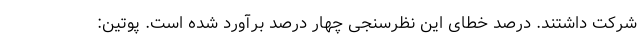
شرکت داشتند. درصد خطای این نظرسنجی چهار درصد برآورد شده است. پوتین: